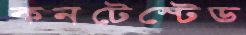
কনটেস্টেড